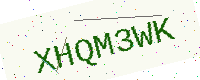
Text: XHQM3WK